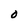
Character: O